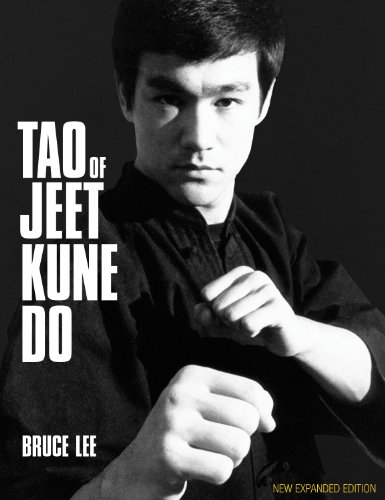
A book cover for Tao of Jeet Kune Do: New Expanded Edition; Bruce Lee; Health, Fitness & Dieting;